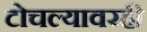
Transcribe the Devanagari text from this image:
टोचल्यावरही